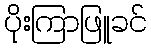
ပိုးကြာဖြူခင်